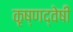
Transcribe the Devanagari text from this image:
कृष्णद्वेषी